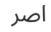
اصر